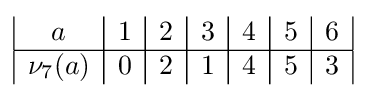
{\begin{array}{|c|c|c|c|c|c|c|}a&1&2&3&4&5&6\\\hline \nu _{7}(a)&0&2&1&4&5&3\\\end{array}}